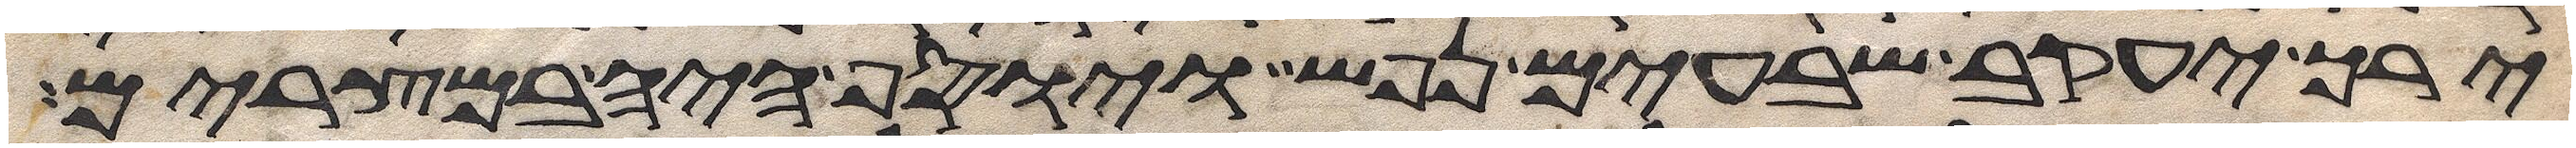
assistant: ירך יעקב שבעים נפש ויוסף היה במצרים